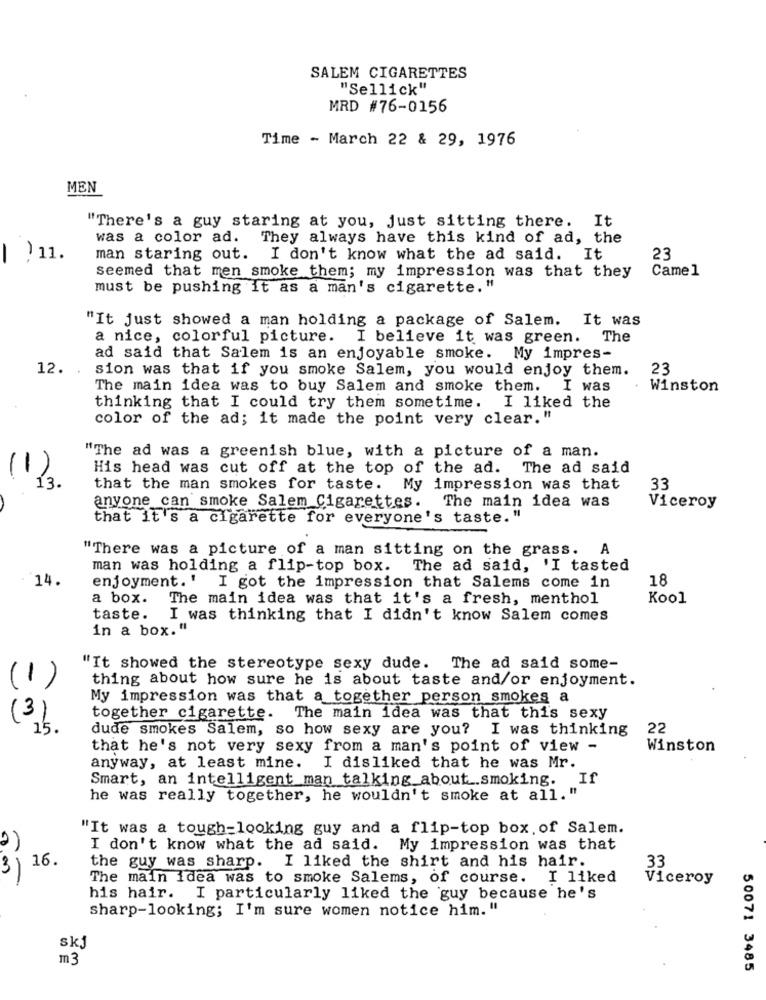
SALEM CIGARETTES
"Sellick"
MRD #76-0156
Time - March 22 & 29, 1976
MEN
"There's a guy staring at you, just sitting there. It
was a color ad.
They always have this kind of ad, the
| )11.
man staring out. I don't know what the ad said. It
23
Came 1
seemed that men smoke them; my impression was that they
must be pushing it as a man's cigarette. "
"It just showed a man holding a package of Salem. It was
a nice, colorful picture. I believe it was green.
The
ad said that Salem is an enjoyable smoke. My impres-
12.
sion was that if you smoke Salem, you would enjoy them.
23
The main idea was to buy Salem and smoke them.
I was
Winston
thinking that I could try them sometime. I liked the
color of the ad; it made the point very clear."
"The ad was a greenish blue, with a picture of a man.
(1)
His head was cut off at the top of the ad. The ad said
13.
that the man smokes for taste.
My impression was that
33
anyone can smoke Salem Cigarettes. The main idea was
Viceroy
that it's a cigarette for everyone's taste. "
"There was a picture of a man sitting on the grass. A
man was holding a flip-top box. The ad said, 'I tasted
14.
18
enjoyment.' I got the impression that Salems come in
a box.
The main idea was that it's a fresh, menthol
Kool
taste.
I was thinking that I didn't know Salem comes
in a box. "
"It showed the stereotype sexy dude. The ad said some-
thing about how sure he is about taste and/or enjoyment.
(1)
My impression was that a together person smokes a
(3)
together cigarette. The main idea was that this sexy
15.
dude smokes Salem, so how sexy are you? I was thinking
22
that he's not very sexy from a man's point of view -
Winston
anyway, at least mine. I disliked that he was Mr.
Smart, an intelligent man talking about.smoking. If
he was really together, he wouldn't smoke at all. "
"It was a tough-looking guy and a flip-top box. of Salem.
I don't know what the ad said. My impression was that
16.
the guy was sharp. I liked the shirt and his hair.
3
33
The main idea was to smoke Salems, of course. I liked
Viceroy
his hair. I particularly liked the guy because he's
sharp-looking; I'm sure women notice him. "
skj
m3
50071 3485